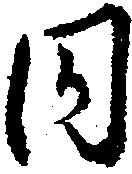
同